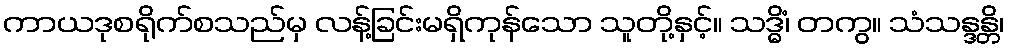
ကာယဒုစရိုက်စသည်မှ လန့်ခြင်းမရှိကုန်သော သူတို့နှင့်။ သဒ္ဓိံ၊ တကွ။ သံသန္ဒန္တိ၊